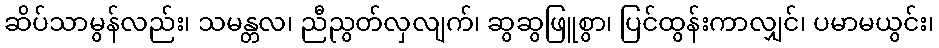
ဆိပ်သာမွန်လည်း၊ သမန္တလ၊ ညီညွတ်လှလျက်၊ ဆွဆွဖြူစွာ၊ ပြင်ထွန်းကာလျှင်၊ ပမာမယွင်း၊